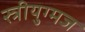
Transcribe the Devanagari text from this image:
स्त्रीयुग्मज